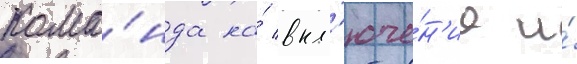
Кома́нда на́ вкл'юче́н'ие и́